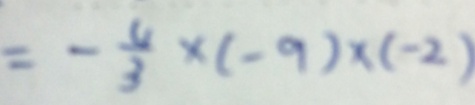
= - \frac { 4 } { 3 } \times ( - 9 ) \times ( - 2 )